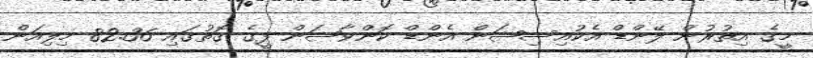
މީގެ އިތުރުން ލޭންޑް އެކުއިސިޝަން އެންޑް ކޮންވާޝަން ފީގެ ގޮތުގައި 82.36 މިލިއަން